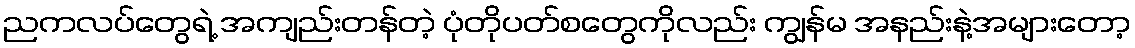
ညကလပ်တွေရဲ့ အကျည်းတန်တဲ့ ပုံတိုပတ်စတွေကိုလည်း ကျွန်မ အနည်းနဲ့အများတော့